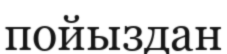
пойыздан